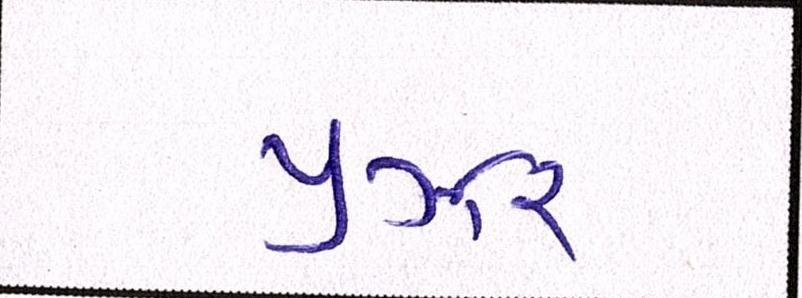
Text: યુઝર